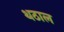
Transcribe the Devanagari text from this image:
थठाल